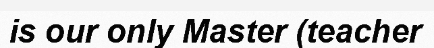
is our only Master (teacher